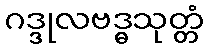
ဂဒ္ဒုလဗဒ္ဓသုတ္တံ